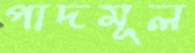
পাদমূল